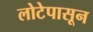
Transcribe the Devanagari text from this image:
लोटेपासून